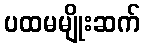
ပထမမျိုးဆက်